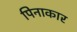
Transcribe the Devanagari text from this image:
पिनाकार